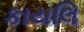
કાયલિ